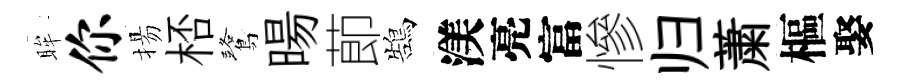
眸你揚桮鷺暘莭鵠渼亮富慘归䔥樞娶